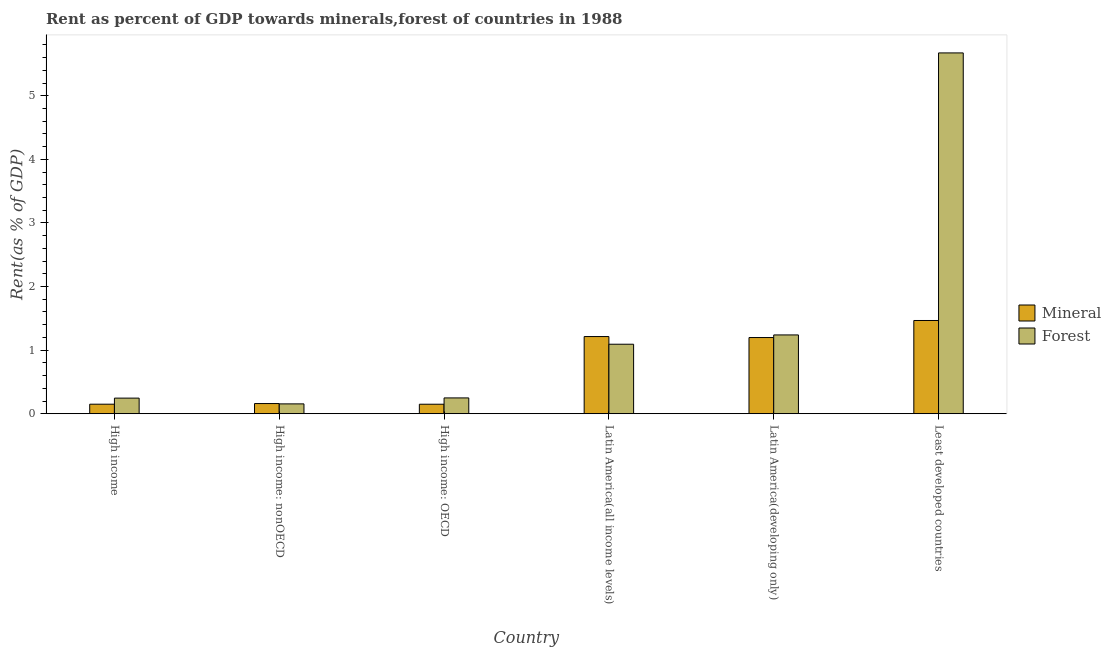
| Country | Mineral | Forest |
 | --- | --- | --- |
 | High income | 0.15 | 0.246 |
 | High income: nonOECD | 0.16 | 0.155 |
 | High income: OECD | 0.15 | 0.249 |
 | Latin America(all income levels) | 1.21 | 1.09 |
 | Latin America(developing only) | 1.2 | 1.24 |
 | Least developed countries | 1.47 | 5.67 |